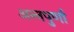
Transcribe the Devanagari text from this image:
अन्‍नपुर्णा